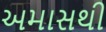
અમાસથી